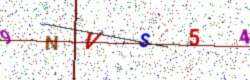
Text: 9NVS54